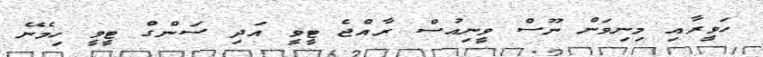
ހަވީރާއި މިނިވަން ނޫސް ވީނިއުސް ރާއްޖެ ޓީވީ އަދި ސަންގް ޓީވީ ހިމެނޭ